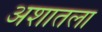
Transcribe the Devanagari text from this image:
अशातला